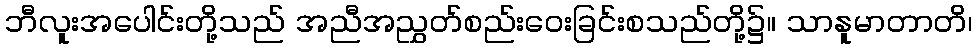
ဘီလူးအပေါင်းတို့သည် အညီအညွှတ်စည်းဝေးခြင်းစသည်တို့၌။ သာနူမာတာတိ၊